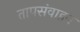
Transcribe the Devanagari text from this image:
तापसंवाहन